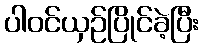
ပါဝင်ယှဉ်ပြိုင်ခဲ့ပြီး